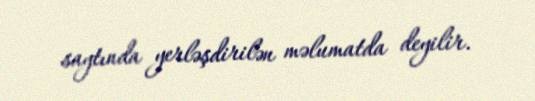
saytında yerləşdirilən məlumatda deyilir.